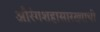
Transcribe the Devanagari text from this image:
औरंगशहासारख्याची